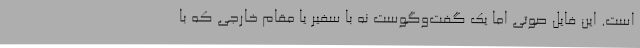
است. این فایل صوتی اما یک گفت‌و‌گوست نه با سفیر یا مقام خارجی که با